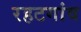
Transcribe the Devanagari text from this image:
रहटगांव